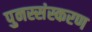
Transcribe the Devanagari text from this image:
पुनस्संस्करण